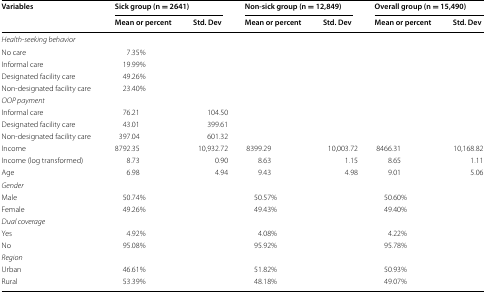
<table><thead><tr><td rowspan="2"><b>Variables</b></td><td colspan="2"><b>Sick group (n = 2641)</b></td><td colspan="2"><b>Non-sick group (n = 12,849)</b></td><td colspan="2"><b>Overall group (n = 15,490)</b></td></tr><tr><td><b>Mean or percent</b></td><td><b>Std. Dev</b></td><td><b>Mean or percent</b></td><td><b>Std. Dev</b></td><td><b>Mean or percent</b></td><td><b>Std. Dev</b></td></tr></thead><tbody><tr><td colspan="7"><i>Health</i>-<i>seeking behavior</i></td></tr><tr><td>No care</td><td>7.35%</td><td></td><td></td><td></td><td></td><td></td></tr><tr><td>Informal care</td><td>19.99%</td><td></td><td></td><td></td><td></td><td></td></tr><tr><td>Designated facility care</td><td>49.26%</td><td></td><td></td><td></td><td></td><td></td></tr><tr><td>Non-designated facility care</td><td>23.40%</td><td></td><td></td><td></td><td></td><td></td></tr><tr><td colspan="7"><i>OOP payment</i></td></tr><tr><td>Informal care</td><td>76.21</td><td>104.50</td><td></td><td></td><td></td><td></td></tr><tr><td>Designated facility care</td><td>43.01</td><td>399.61</td><td></td><td></td><td></td><td></td></tr><tr><td>Non-designated facility care</td><td>397.04</td><td>601.32</td><td></td><td></td><td></td><td></td></tr><tr><td>Income</td><td>8792.35</td><td>10,932.72</td><td>8399.29</td><td>10,003.72</td><td>8466.31</td><td>10,168.82</td></tr><tr><td>Income (log transformed)</td><td>8.73</td><td>0.90</td><td>8.63</td><td>1.15</td><td>8.65</td><td>1.11</td></tr><tr><td>Age</td><td>6.98</td><td>4.94</td><td>9.43</td><td>4.98</td><td>9.01</td><td>5.06</td></tr><tr><td colspan="7"><i>Gender</i></td></tr><tr><td>Male</td><td>50.74%</td><td></td><td>50.57%</td><td></td><td>50.60%</td><td></td></tr><tr><td>Female</td><td>49.26%</td><td></td><td>49.43%</td><td></td><td>49.40%</td><td></td></tr><tr><td colspan="7"><i>Dual coverage</i></td></tr><tr><td>Yes</td><td>4.92%</td><td></td><td>4.08%</td><td></td><td>4.22%</td><td></td></tr><tr><td>No</td><td>95.08%</td><td></td><td>95.92%</td><td></td><td>95.78%</td><td></td></tr><tr><td colspan="7"><i>Region</i></td></tr><tr><td>Urban</td><td>46.61%</td><td></td><td>51.82%</td><td></td><td>50.93%</td><td></td></tr><tr><td>Rural</td><td>53.39%</td><td></td><td>48.18%</td><td></td><td>49.07%</td><td></td></tr></tbody></table>